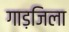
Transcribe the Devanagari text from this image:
गाड़जिला